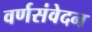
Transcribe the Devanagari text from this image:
वर्णसंवेदन